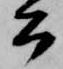
公